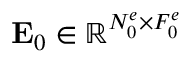
{ \bf E } _ { 0 } \in \mathbb { R } ^ { N _ { 0 } ^ { e } \times F _ { 0 } ^ { e } }